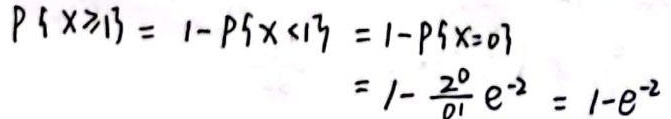
\[
\begin{align*}
P\{X\geq1\} &= 1 - P\{X<1\} = 1 - P\{X = 0\}\\
&= 1-\frac{2^0}{0!}e^{-2}=1 - e^{-2}
\end{align*}
\]